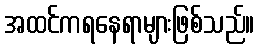
အထင်ကရနေရာများဖြစ်သည်။